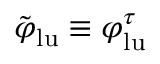
\tilde { \varphi } _ { \mathrm { l u } } \equiv \varphi _ { \mathrm { l u } } ^ { \tau }